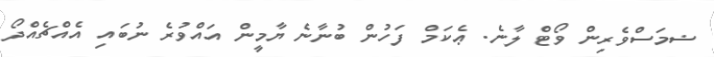
ޟމަސްވެރިން ވޯޓް ލާނެ. ޢެކަމް ފަހުން ބުނާނެ ޔާމީން އައްވުރެ ނުބައި އެއްޗެއްދޯ